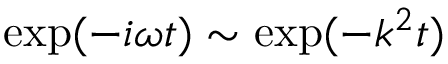
\mathrm { e x p } ( - i \omega t ) \sim \mathrm { e x p } ( - k ^ { 2 } t )